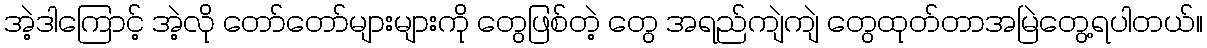
အဲ့ဒါကြောင့် အဲ့လို တော်တော်များများကို တွေဖြစ်တဲ့ တွေ အရည်ကျဲကျဲ တွေထုတ်တာအမြဲတွေ့ရပါတယ်။